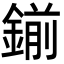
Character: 鎆